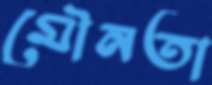
মৌনতা